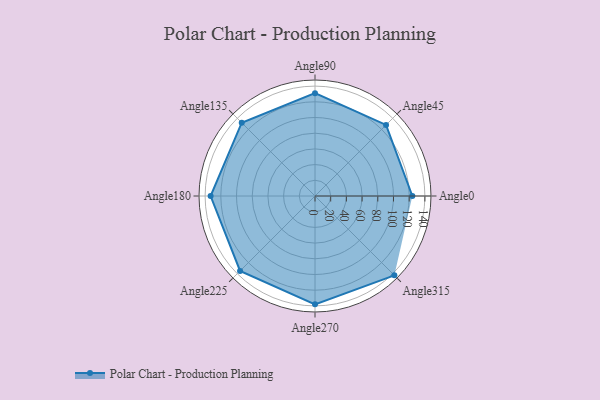
{"axis": {"x": "Angle", "y": "Radius"}, "legend": [""], "data": [{"x": "Angle0", "y": 124.0, "type": ""}, {"x": "Angle45", "y": 128.0, "type": ""}, {"x": "Angle90", "y": 131.0, "type": ""}, {"x": "Angle135", "y": 132.0, "type": ""}, {"x": "Angle180", "y": 133.0, "type": ""}, {"x": "Angle225", "y": 135.0, "type": ""}, {"x": "Angle270", "y": 138.0, "type": ""}, {"x": "Angle315", "y": 143.0, "type": ""}]}